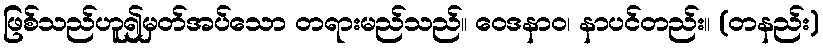
ဖြစ်သည်ဟူ၍မှတ်အပ်သော တရားမည်သည်။ ဝေဒနာဝ၊ နာပင်တည်း။ (တနည်း)